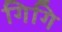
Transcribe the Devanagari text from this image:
गिगि